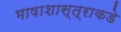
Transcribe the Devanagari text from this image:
भाषाशास्त्राकडे